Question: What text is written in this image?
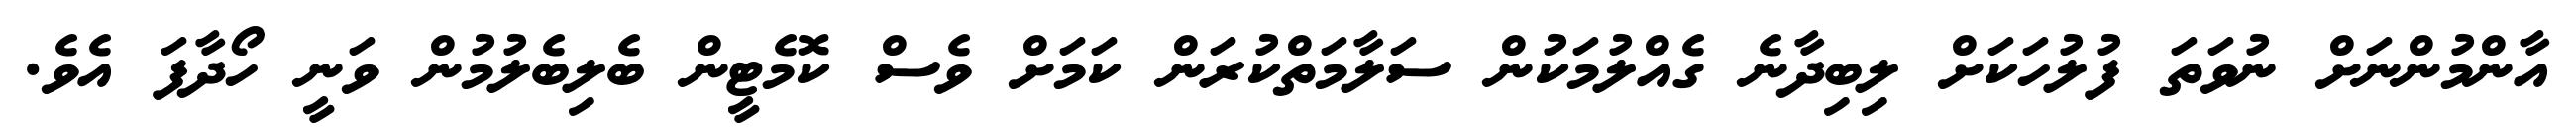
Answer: އާންމުންނަށް ނުވަތަ ފުލުހަކަށް ލިބިދާނެ ގެއްލުމަކުން ސަލާމަތްކުރަން ކަމަށް ވެސް ކޮމެޓީން ބެލިބެލުމުން ވަނީ ހޯދާފަ އެވެ.